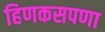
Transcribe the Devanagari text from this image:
हिणकसपणा